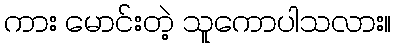
ကား မောင်းတဲ့ သူကောပါသလား။